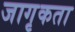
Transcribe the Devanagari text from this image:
जागृकता